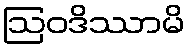
ဩဝဒိဿာမိ